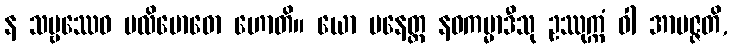
န သဗ္ဗဿေဝ ပလိဗောဓော ဟောတိ။ ယော ပနေတ္ထ နဝကမ္မာဒီသု ဥဿုက္ကံ ဝါ အာပဇ္ဇတိ,